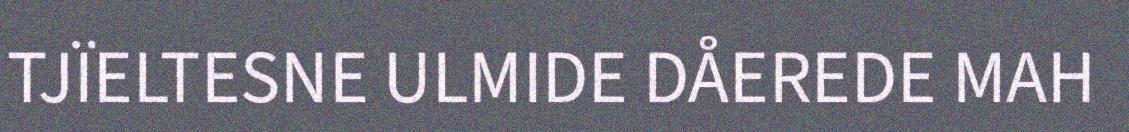
TJÏELTESNE ULMIDE DÅEREDE MAH